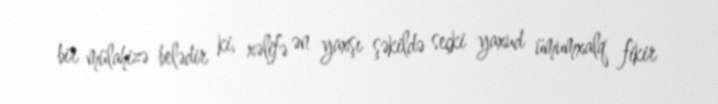
bir mülahizə belədir ki, xəlifə ən yaxşı şəkildə seçki yaxud ümumxalq fikir